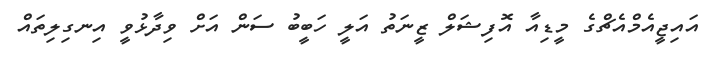
އައިޖީއެމްއެޗްގެ މީޑިއާ އޮފިޝަލް ޒީނަތު އަލީ ހަބީބު ސަން އަށް ވިދާޅުވީ އިނގިލިތައް